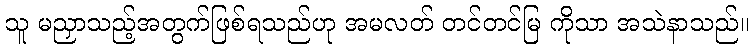
သူ မညှာသည့်အတွက်ဖြစ်ရသည်ဟု အမလတ် တင်တင်မြ ကိုသာ အသဲနာသည်။